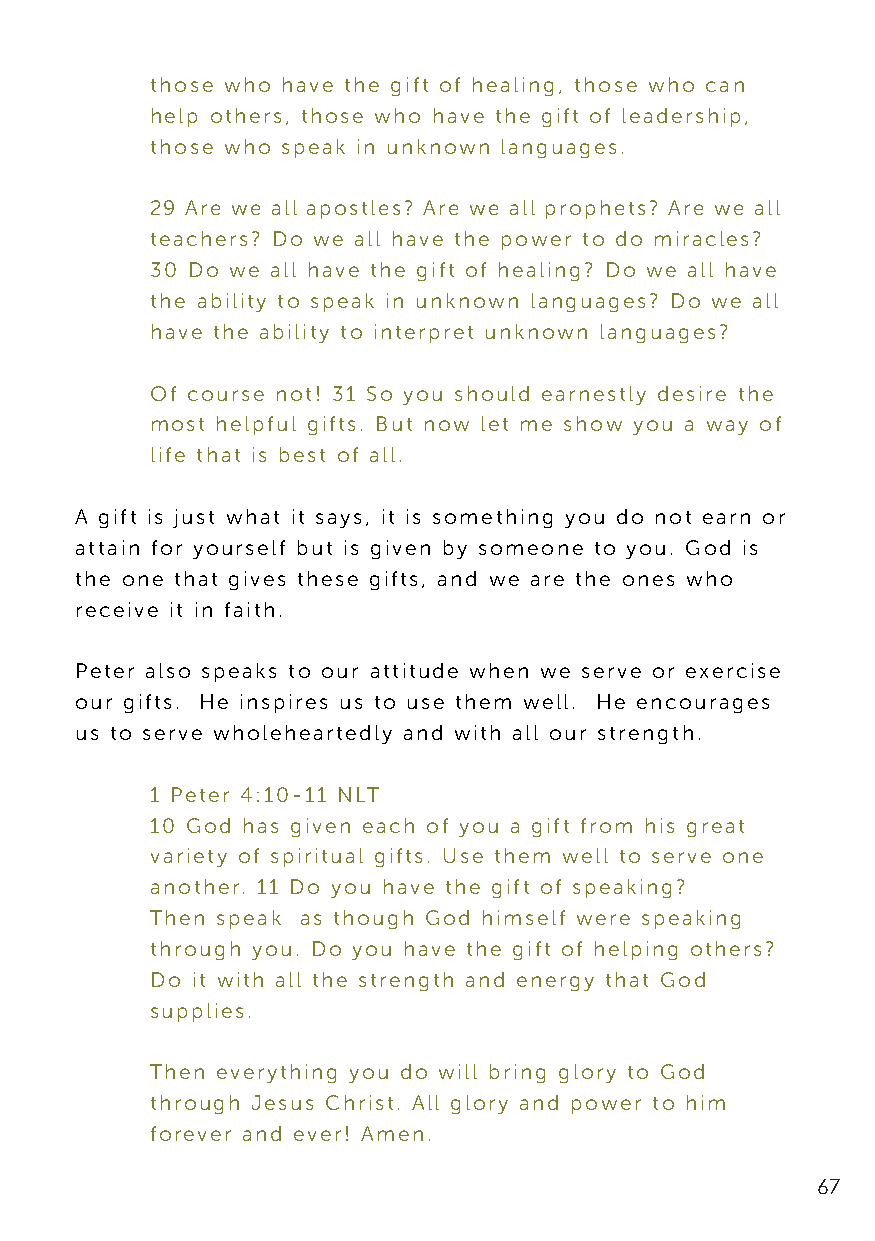
those who have the gift of healing, those who can
 help others, those who have the gift of leadership,
 those who speak in unknown languages.
 29 Are we all apostles? Are we all prophets? Are we all
 teachers? Do we all have the power to do miracles?
 30 Do we all have the gift of healing? Do we all have
 the ability to speak in unknown languages? Do we all
 have the ability to interpret unknown languages?
 Of course not! 31 So you should earnestly desire the
 most helpful gifts. But now let me show you a way of
 life that is best of all.
 A gift is just what it says, it is something you do not earn or
 attain for yourself but is given by someone to you. God is
 the one that gives these gifts, and we are the ones who
 receive it in faith.
 Peter also speaks to our attitude when we serve or exercise
 our gifts. He inspires us to use them well. He encourages
 us to serve wholeheartedly and with all our strength.
 1 Peter 4:10-11 NLT
 10 God has given each of you a gift from his great
 variety of spiritual gifts. Use them well to serve one
 another. 11 Do you have the gift of speaking?
 Then speak as though God himself were speaking
 through you. Do you have the gift of helping others?
 Do it with all the strength and energy that God
 supplies.
 Then everything you do will bring glory to God
 through Jesus Christ. All glory and power to him
 forever and ever! Amen.
 67